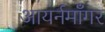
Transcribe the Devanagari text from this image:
आयर्नमॉँगर